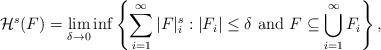
LaTeX: \begin{align*}\mathcal{H}^s(F)=\lim_{\delta\rightarrow0}\inf\left\{\sum_{i=1}^{\infty}|F|_i^s: |F_i|\leq\delta \mbox{ and } F\subseteq\bigcup_{i=1}^\infty F_i\right\},\end{align*}